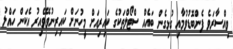
ވިއްސާރަވެ ފެންބޮޑުވުމާއި ގުޅިގެން ބައެއް ސްޓޯލްތަކުގެ ކައިރިއަށް މީހުނަށް ކައިރިނުވެވޭއިރު އެކަން ހައްލު